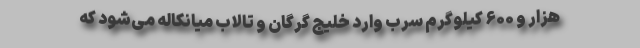
هزار و ۶۰۰ کیلوگرم سرب وارد خلیج گرگان و تالاب میانکاله می‌شود که